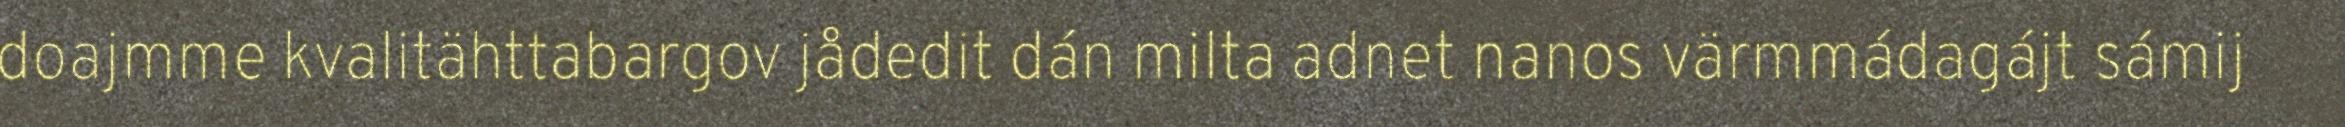
doajmme kvalitähttabargov jådedit dán milta adnet nanos värmmádagájt sámij